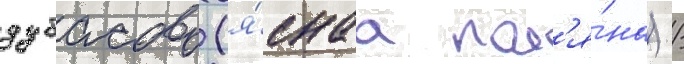
дубасово (я́снаа пол'я́на) /